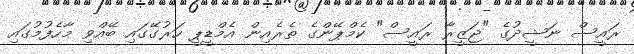
ރައީސް ނަޝީދުގެ "ޖަޒީރާ ރައީސް" ކެމްޕޭންގެ ތެރެއިން އެމްޑީޕީ ހަރުގޭގައި ބޭއްވި މާހެފުމުގައި